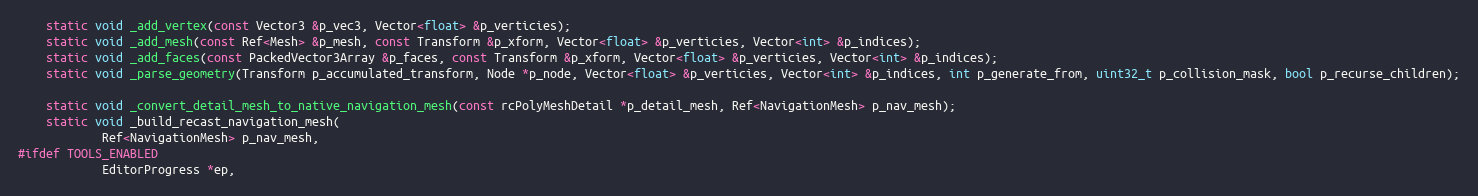
Language: C
	static void _add_vertex(const Vector3 &p_vec3, Vector<float> &p_verticies);
	static void _add_mesh(const Ref<Mesh> &p_mesh, const Transform &p_xform, Vector<float> &p_verticies, Vector<int> &p_indices);
	static void _add_faces(const PackedVector3Array &p_faces, const Transform &p_xform, Vector<float> &p_verticies, Vector<int> &p_indices);
	static void _parse_geometry(Transform p_accumulated_transform, Node *p_node, Vector<float> &p_verticies, Vector<int> &p_indices, int p_generate_from, uint32_t p_collision_mask, bool p_recurse_children);

	static void _convert_detail_mesh_to_native_navigation_mesh(const rcPolyMeshDetail *p_detail_mesh, Ref<NavigationMesh> p_nav_mesh);
	static void _build_recast_navigation_mesh(
			Ref<NavigationMesh> p_nav_mesh,
#ifdef TOOLS_ENABLED
			EditorProgress *ep,